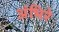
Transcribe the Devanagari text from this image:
अंभिरे